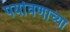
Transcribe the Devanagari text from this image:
पर्यावणाच्या